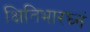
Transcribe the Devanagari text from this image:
क्षितिभारघ्नं